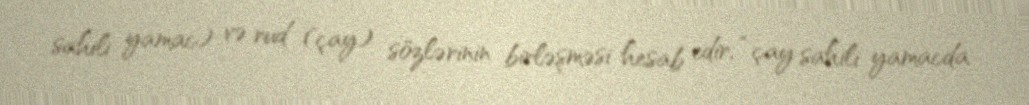
sahili yamac) və rud (çay) sözlərinin birləşməsi hesab edir, “çay sahili yamacda